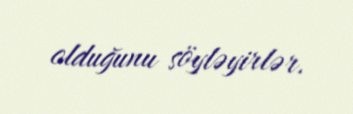
olduğunu söyləyirlər.